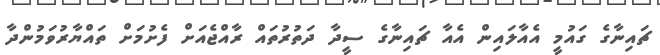
ޗައިނާގެ ގައުމީ އެއާލައިން އެއާ ޗައިނާގެ ސީދާ ދަތުރުތައް ރާއްޖެއަށް ފެށުމަށް ތައްޔާރުވަމުންދާ